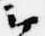
云